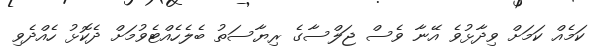
ކަމެއް ކަމަށް ވިދާޅުވެ އޭނާ ވެސް ޖަލްސާގެ ރިޔާސަތު ބެލެހެއްޓެވުމަށް ދެކޮޅު ހެއްދެވި